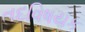
તદવિષયક